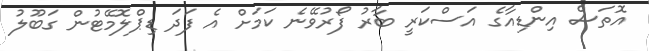
އޮތަސް އިންޑިއާގެ އަސްކަރީ ބާރު ފޯރުވޭނެ ކަމަށް އެ ފަދަ ޑިޕްލޮމޭޓުން ގަބޫލު